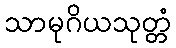
သာမုဂိယသုတ္တံ